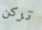
تركن